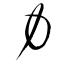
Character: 力